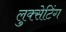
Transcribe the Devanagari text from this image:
लुक्सेटिंग